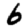
Digit: 6